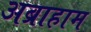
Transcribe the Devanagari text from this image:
अब्राहाम